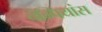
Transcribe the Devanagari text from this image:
चेम्पियांस